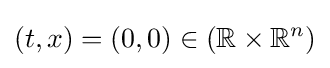
(t,x)=(0,0)\in (\mathbb {R} \times \mathbb {R} ^{n})